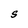
Character: S